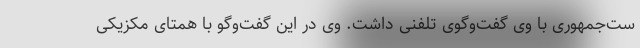
ست‌جمهوری با وی گفت‌وگوی تلفنی داشت. وی در این گفت‌وگو با همتای مکزیکی